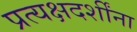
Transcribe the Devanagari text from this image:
प्रत्यक्षदर्शींना